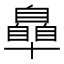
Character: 𮍞